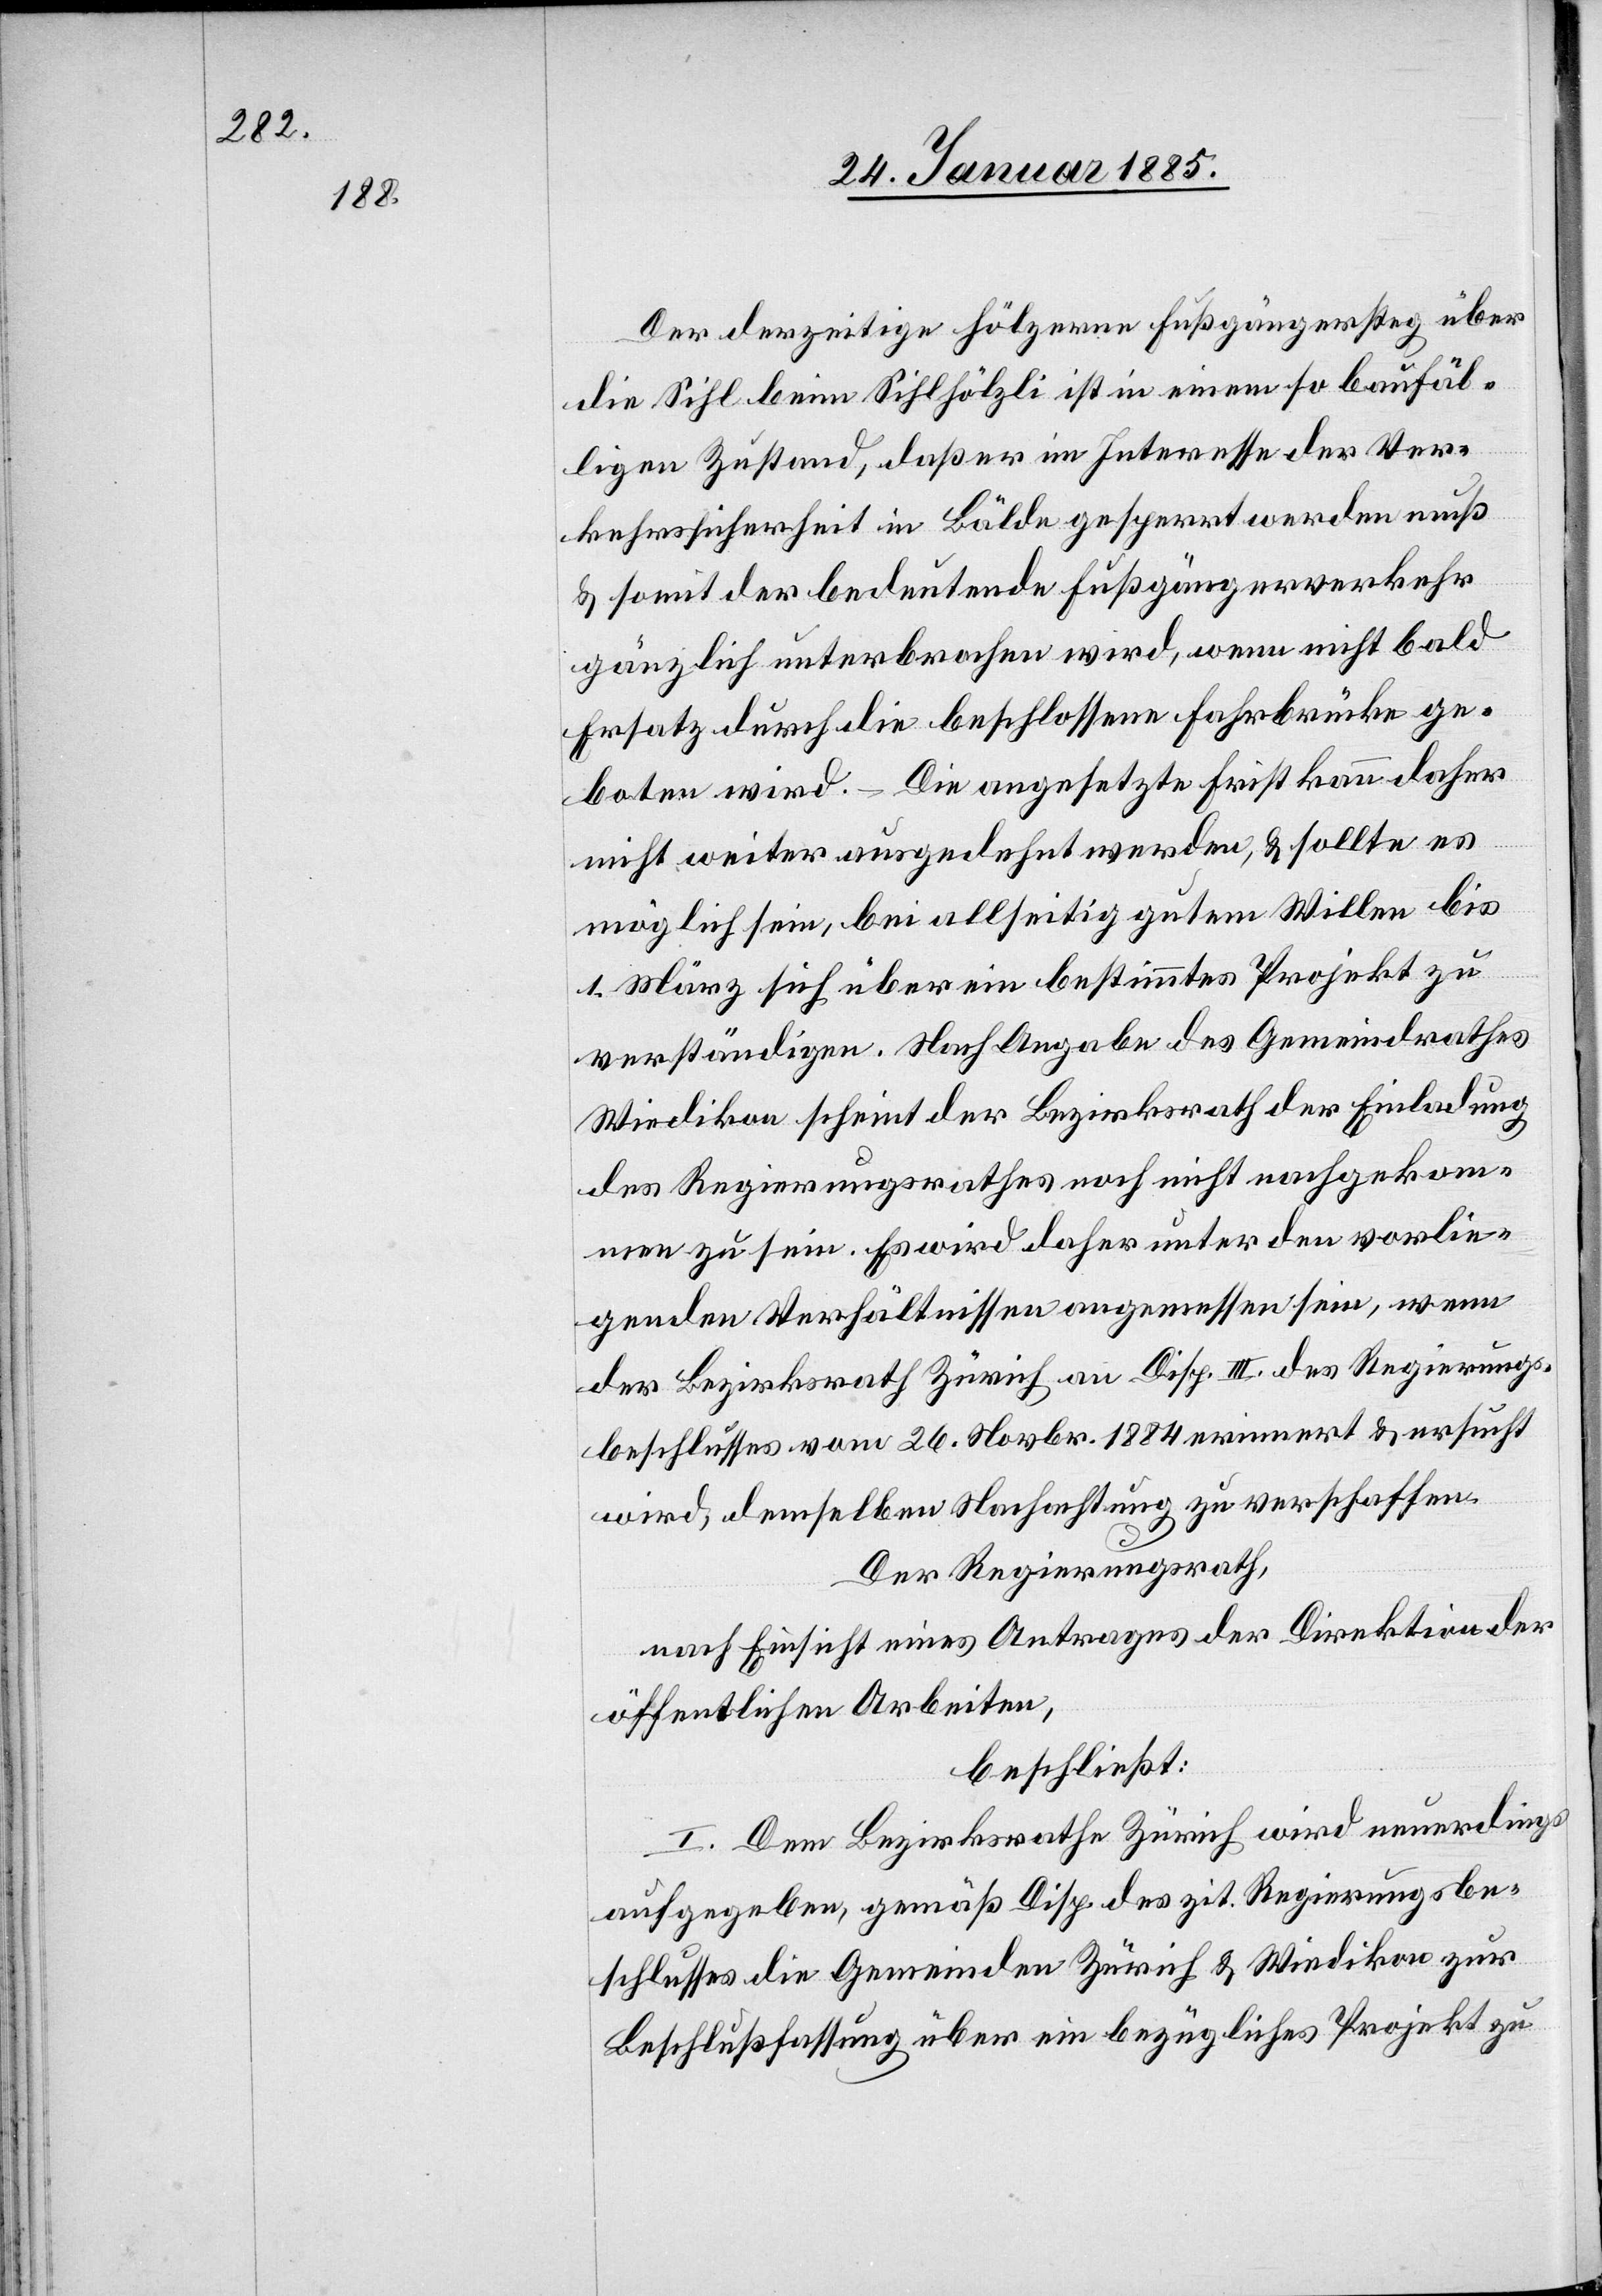
Der derzeitige hölzerne Fußgängersteg über
die Sihl beim Sihlhölzli ist in einem so baufäl¬
ligen Zustand, daß er im Interesse der Ver¬
kehrssicherheit in Bälde gesperrt werden muß
& somit der bedeutende Fußgängerverkehr
gänzlich unterbrochen wird, wenn nicht bald
Ersatz durch die beschlossene Fahrbrücke ge¬
boten wird. – Die angesetzte Frist kann daher
nicht weiter ausgedehnt werden, & sollte es
möglich sein, bei allseitig gutem Willen bis
1. März sich über ein bestimmtes Projekt zu
verständigen. Nach Angabe des Gemeindrathes
Wiedikon scheint der Bezirksrath der Einladung
des Regierungsrathes noch nicht nachgekom¬
men zu sein. Es wird daher unter den vorlie¬
genden Verhältnissen angemessen sein, wenn
der Bezirksrath Zürich an Disp. III des Regierungs¬
beschlusses vom 26. Novbr. 1884 erinnert & ersuch
wird, demselben Nachachtung zu verschaffen.
Der Regierungsrath,
nach Einsicht eines Antrages der Direktion der
öffentlichen Arbeiten,
beschließt:
I. Dem Bezirksrath Zürich wird neuerdings
aufgegeben, gemäß Disp. des zit. Regierungsbe¬
schlusses die Gemeinde Zürich & Wiedikon zur
Beschlußfassung über ein bezügliches Projekt zu